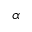
\alpha